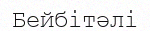
Бейбітәлі